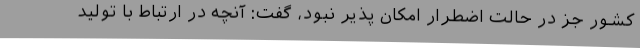
کشور جز در حالت اضطرار امکان پذیر نبود، گفت: آنچه در ارتباط با تولید